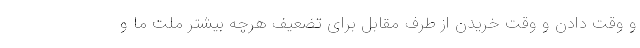
و وقت دادن و وقت خریدن از طرف مقابل برای تضعیف هرچه بیشتر ملت ما و